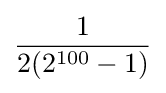
{\frac {1}{2(2^{100}-1)}}